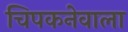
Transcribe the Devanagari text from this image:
चिपकनेवाला